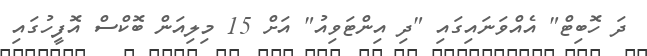
ދަ ހޮބިޓް" އެއްވަނައިގައި "ދި އިންޓަވިއު" އަށް 15 މިލިއަން ބޮކްސް އޮފީހުގައި